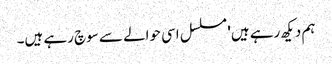
ہم دیکھ رہے ہیں' مسلسل اسی حوالے سے سوچ رہے ہیں۔